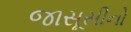
જાસૂસીનો